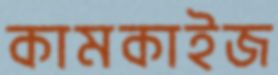
কামকাইজ